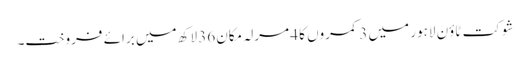
شوکت ٹاؤن لاہور میں 3 کمروں کا 4 مرلہ مکان 36 لاکھ میں برائے فروخت۔